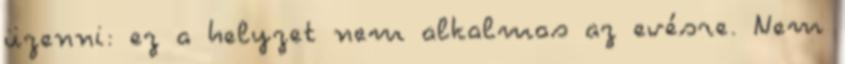
üzenni: ez a helyzet nem alkalmas az evésre. Nem